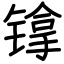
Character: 镎